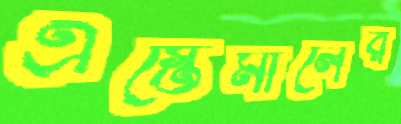
এস্তেমালের